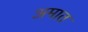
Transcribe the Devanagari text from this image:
अमात